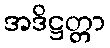
အဒိဋ္ဌတ္တာ